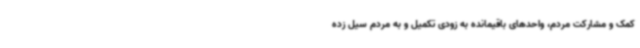
کمک و مشارکت مردم، واحدهای باقیمانده به زودی تکمیل و به مردم سیل زده